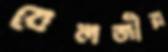
বেলজীয়